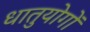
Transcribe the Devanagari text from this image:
धातुयोगों